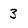
Character: 3